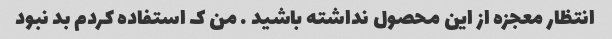
انتظار معجزه از این محصول نداشته باشید . من ک استفاده کردم بد نبود